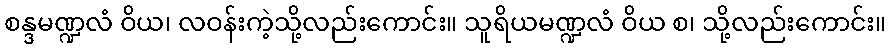
စန္ဒမဏ္ဍလံ ဝိယ၊ လဝန်းကဲ့သို့လည်းကောင်း။ သူရိယမဏ္ဍလံ ဝိယ စ၊ သို့လည်းကောင်း။